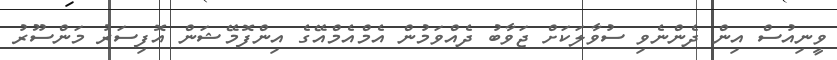
ވީނިއުސް އިން ދެންނެވި ސުވާލަކަށް ޖަވާބު ދެއްވަމުން އެމްއެމްއޭގެ އިންފޮމޭޝަން އޮފިސަރު މަންސޫރު